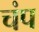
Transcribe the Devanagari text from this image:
चंप